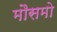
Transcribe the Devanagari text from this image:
मौसमो